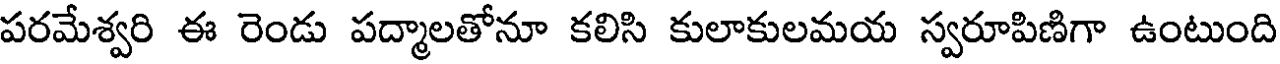
పరమేశ్వరి ఈ రెండు పద్మాలతోనూ కలిసి కులాకులమయ స్వరూపిణిగా ఉంటుంది